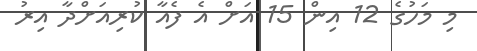
މި މަހުގެ 12 އިން 15 އަށް އެ ފެއާ ކުރިއަށްދާ އިރު